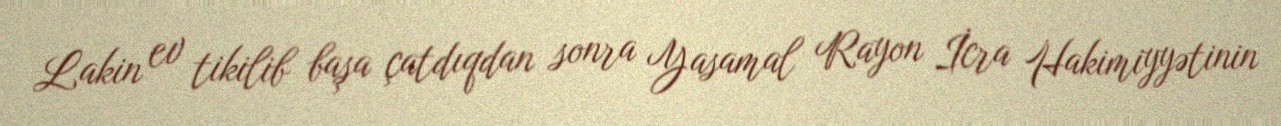
Lakin ev tikilib başa çatdıqdan sonra Yasamal Rayon İcra Hakimiyyətinin